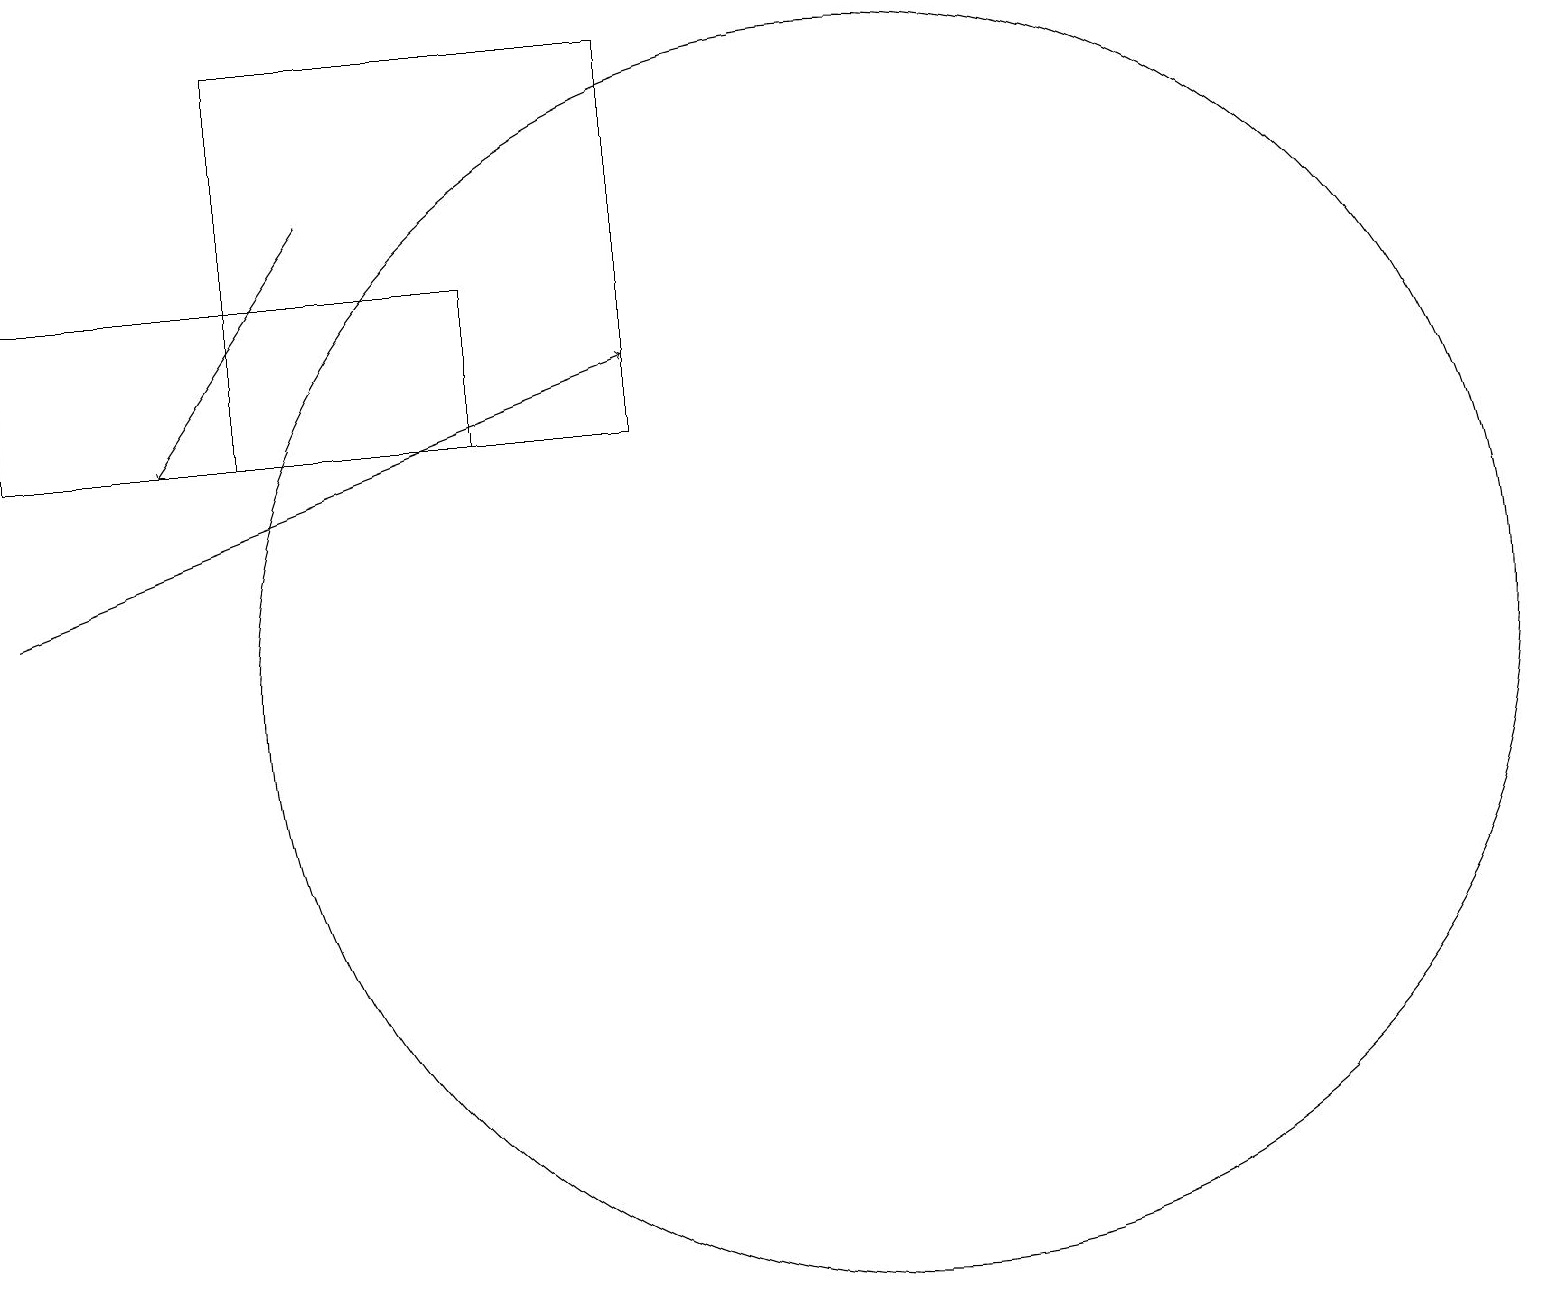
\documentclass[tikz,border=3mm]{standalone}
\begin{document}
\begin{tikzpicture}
\draw[->] (0,11) -- (8,14);
\draw (3,13) rectangle (8,18);
\draw[->] (4,16) -- (2,13);
\draw (6,15) rectangle (0,13);
\draw (11,10) circle (8);
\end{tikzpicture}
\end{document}